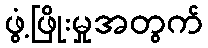
ဖွံ့ဖြိုးမှုအတွက်